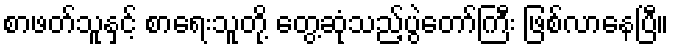
စာဖတ်သူနှင့် စာရေးသူတို့ တွေ့ဆုံသည့်ပွဲတော်ကြီး ဖြစ်လာနေပြီ။